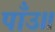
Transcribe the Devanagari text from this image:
पाँउ॥